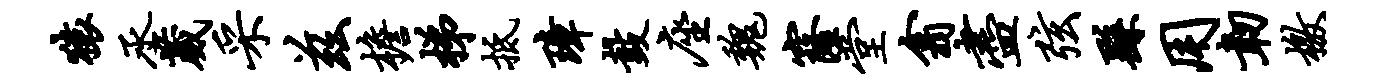
猿丞葳采兹檐梯抵璋鼓座魏窿堂翕尽弦繇用韧檄